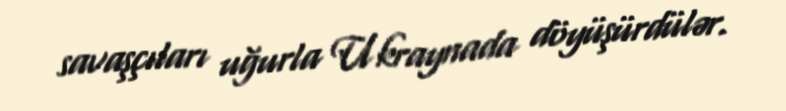
savaşçıları uğurla Ukraynada döyüşürdülər.